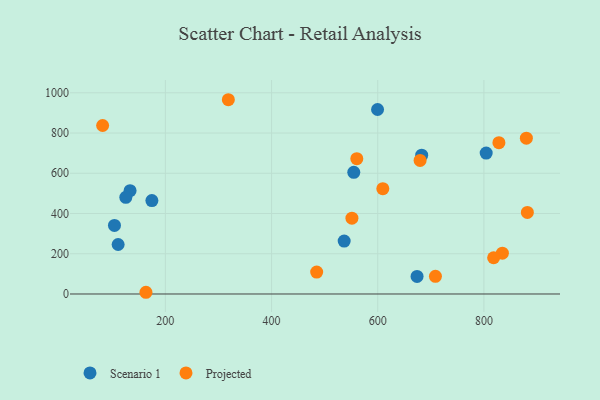
{"axis": {"x": "Study Hours", "y": "Demand"}, "legend": ["Projected", "Scenario 1"], "data": [{"x": "554.9", "y": 604.8, "type": "Scenario 1"}, {"x": "804.3", "y": 700.6, "type": "Scenario 1"}, {"x": "111.0", "y": 246.0, "type": "Scenario 1"}, {"x": "599.7", "y": 917.1, "type": "Scenario 1"}, {"x": "674.1", "y": 87.4, "type": "Scenario 1"}, {"x": "174.6", "y": 464.1, "type": "Scenario 1"}, {"x": "682.8", "y": 690.0, "type": "Scenario 1"}, {"x": "133.5", "y": 513.6, "type": "Scenario 1"}, {"x": "104.1", "y": 340.8, "type": "Scenario 1"}, {"x": "536.8", "y": 262.9, "type": "Scenario 1"}, {"x": "125.5", "y": 480.7, "type": "Scenario 1"}, {"x": "881.9", "y": 405.5, "type": "Projected"}, {"x": "609.6", "y": 523.4, "type": "Projected"}, {"x": "834.8", "y": 202.7, "type": "Projected"}, {"x": "880.0", "y": 774.6, "type": "Projected"}, {"x": "828.3", "y": 752.3, "type": "Projected"}, {"x": "679.8", "y": 663.8, "type": "Projected"}, {"x": "551.4", "y": 377.0, "type": "Projected"}, {"x": "708.7", "y": 87.6, "type": "Projected"}, {"x": "560.6", "y": 672.5, "type": "Projected"}, {"x": "318.6", "y": 965.6, "type": "Projected"}, {"x": "81.8", "y": 837.5, "type": "Projected"}, {"x": "163.4", "y": 8.5, "type": "Projected"}, {"x": "818.3", "y": 180.0, "type": "Projected"}, {"x": "485.0", "y": 108.8, "type": "Projected"}]}